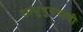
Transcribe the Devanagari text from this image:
साधुपुरुषाची